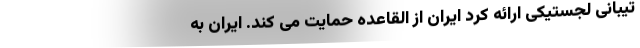
تیبانی لجستیکی ارائه کرد ایران از القاعده حمایت می کند. ایران به